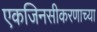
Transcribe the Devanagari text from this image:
एकजिनसीकरणाच्या